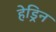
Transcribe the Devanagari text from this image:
हेड्रिन